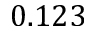
0 . 1 2 3